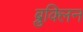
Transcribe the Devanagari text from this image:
ब्रुक्लिन